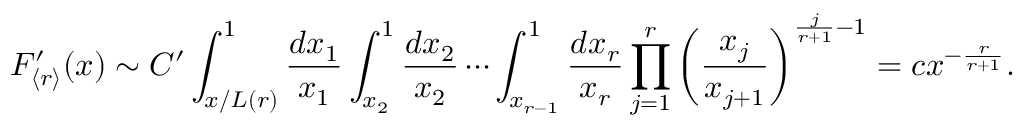
F _ { \langle r \rangle } ^ { \prime } ( x ) \sim C ^ { \prime } \int _ { x / L ( r ) } ^ { 1 } \frac { d x _ { 1 } } { x _ { 1 } } \int _ { x _ { 2 } } ^ { 1 } \frac { d x _ { 2 } } { x _ { 2 } } \cdots \int _ { x _ { r - 1 } } ^ { 1 } \frac { d x _ { r } } { x _ { r } } \prod _ { j = 1 } ^ { r } \left( \frac { x _ { j } } { x _ { j + 1 } } \right) ^ { \frac { j } { r + 1 } - 1 } = c x ^ { - \frac { r } { r + 1 } } .